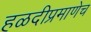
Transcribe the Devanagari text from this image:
हळदीप्रमाणेच